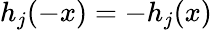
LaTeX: h_{j}(-x)=-h_{j}(x)